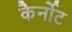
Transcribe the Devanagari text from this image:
कैर्नोट